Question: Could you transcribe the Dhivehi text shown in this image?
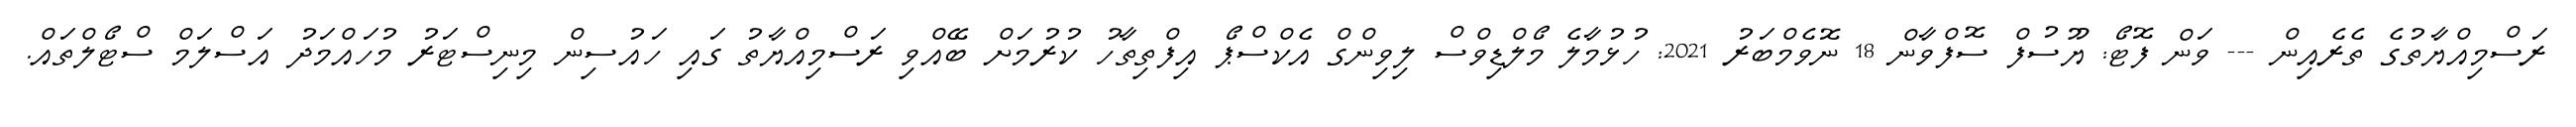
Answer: ރަސްމިއްޔާތުގެ ތެރެއިން --- ވަން ފޮޓޯ: ޔޫސުފް ސޮފްވާން 18 ނޮވެމްބަރު 2021: ހުޅުމާލެ މޯލްޑިވްސް ލިވިންގް އެކްސްޕޯ އިފްތިތާހު ކުރުމަށް ބޭއްވި ރަސްމިއްޔާތު ގައި ހައުސިން މިނިސްޓަރު މުހައްމަދު އަސްލަމް ސްޓޯލްތައް.